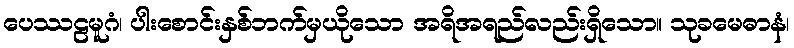
ပေဿဠမူဂံ၊ ပါးစောင်းနှစ်ဘက်မှယိုသော အရိအရည်လည်းရှိသော။ သုခမေဓာနံ၊